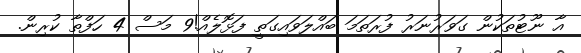
އާ ނޫޓުތަކުން ގަވަރުނަރު ފުރަތަމަ ބައްލަވައިިގަތީ ފަޅޮލެއް!9 މަސް 4 ހަފްތާ ކުރިން.